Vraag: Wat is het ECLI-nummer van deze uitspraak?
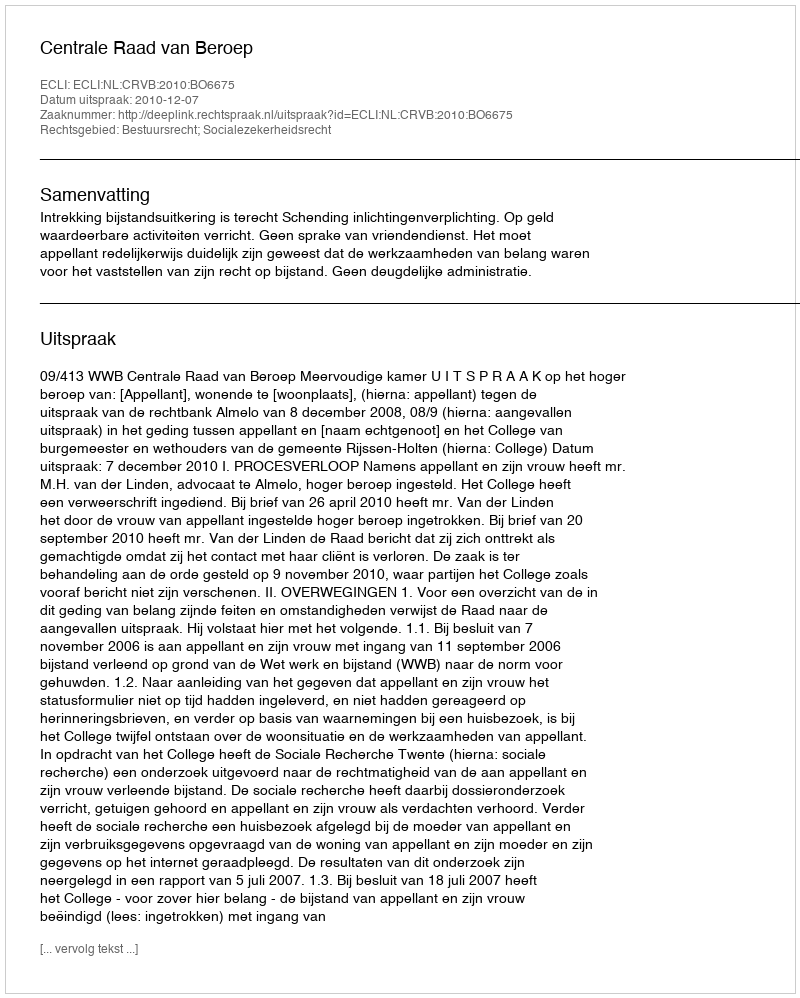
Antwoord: ECLI:NL:CRVB:2010:BO6675